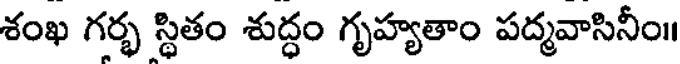
శంఖ గర్భ స్థితం శుద్ధం గృహ్యతాం పద్మవాసినీం॥